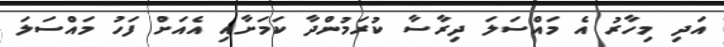
އަދި މިހާރު އެ މައްސަލަ ދިރާސާ ކުރަމުންދާ ކަމަށާއި އެއަށް ފަހު މައްސަލަ